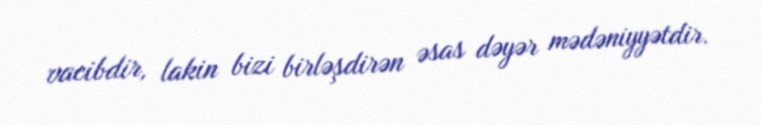
vacibdir, lakin bizi birləşdirən əsas dəyər mədəniyyətdir.